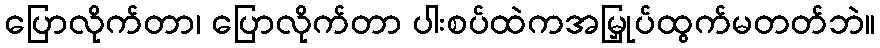
ပြောလိုက်တာ၊ ပြောလိုက်တာ ပါးစပ်ထဲကအမြှုပ်ထွက်မတတ်ဘဲ။